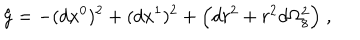
\hat { g } = - ( d x ^ { 0 } ) ^ { 2 } + ( d x ^ { 1 } ) ^ { 2 } + \Big ( d r ^ { 2 } + r ^ { 2 } d \Omega _ { 8 } ^ { 2 } \Big ) \; ,